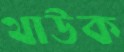
থাউক